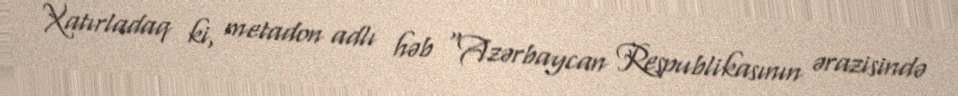
Xatırladaq ki, metadon adlı həb "Azərbaycan Respublikasının ərazisində